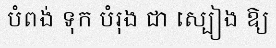
បំពង់ ទុក បំរុង ជា ស្បៀង ឱ្យ